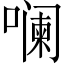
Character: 𪢌